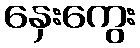
နှေးကွေး